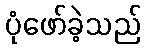
ပုံဖော်ခဲ့သည်